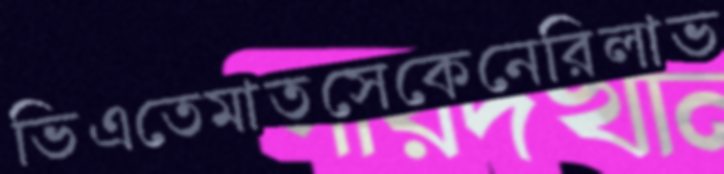
ভিএতেমাতসেকেনেরিলাভ